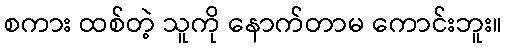
စကား ထစ်တဲ့ သူကို နောက်တာမ ကောင်းဘူး။